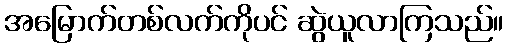
အမြောက်တစ်လက်ကိုပင် ဆွဲယူလာကြသည်။